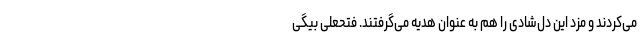
می‌کردند و مزد این دل‌شادی را هم به عنوان هدیه می‌گرفتند. فتحعلی ‌بیگی